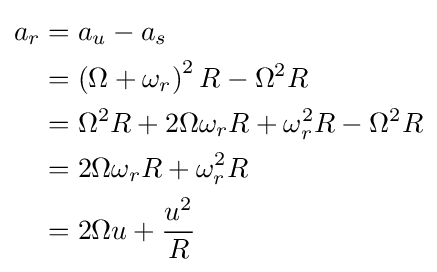
{\begin{aligned}a_{r}&=a_{u}-a_{s}\\&=\left(\Omega +\omega _{r}\right)^{2}R-\Omega ^{2}R\\&=\Omega ^{2}R+2\Omega \omega _{r}R+\omega _{r}^{2}R-\Omega ^{2}R\\&=2\Omega \omega _{r}R+\omega _{r}^{2}R\\&=2\Omega u+{\frac {u^{2}}{R}}\\\end{aligned}}